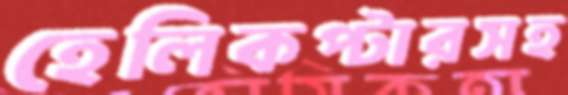
হেলিকপ্টারসহ